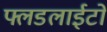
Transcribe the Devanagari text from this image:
फ्लडलाईटों